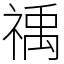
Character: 䄔